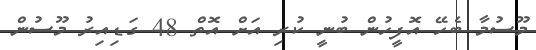
މޫސުމާ ބެހޭ އޮފީހުން ބުނީ ކުރި އަށް އޮތް 48 ގަޑިއިރު މޫސުން